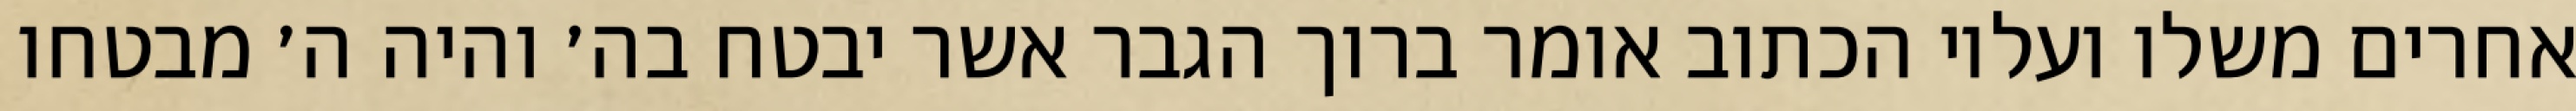
אחרים משלו ועליו הכתוב אומר ברוך הגבר אשר יבטח בה׳ והיה ה׳ מבטחו